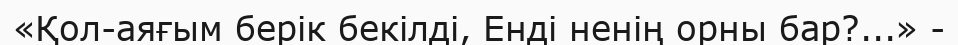
«Қол-аяғым берік бекілді, Енді ненің орны бар?...» -